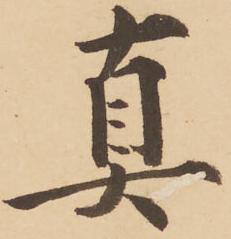
真